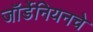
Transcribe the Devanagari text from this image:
जॉर्डेनियनचे